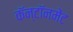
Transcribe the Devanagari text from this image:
कॅन्टॉनमेंट